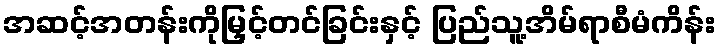
အဆင့်အတန်းကိုမြှင့်တင်ခြင်းနှင့် ပြည်သူ့အိမ်ရာစီမံကိန်း